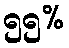
၅၅%